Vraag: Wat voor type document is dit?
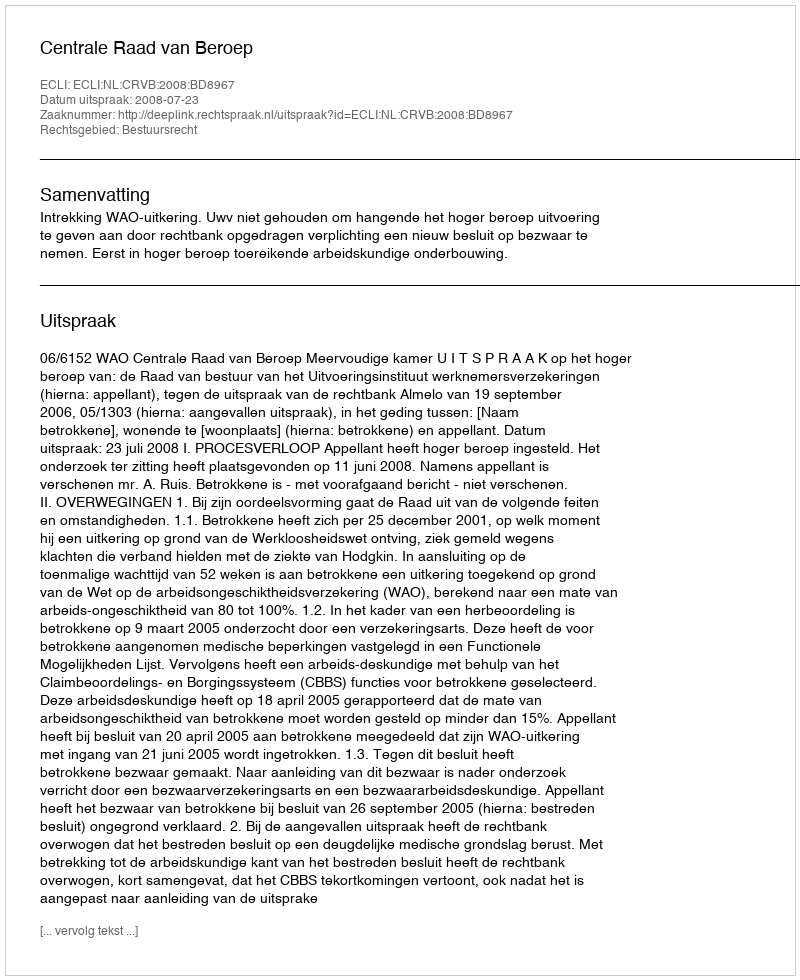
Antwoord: Uitspraak